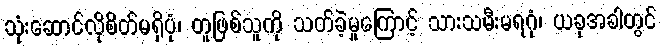
သုံးဆောင်လိုစိတ်မရှိပုံ၊ တူဖြစ်သူကို သတ်ခဲ့မှုကြောင့် သားသမီးမရဂုံ၊ ယခုအခါတွင်